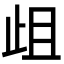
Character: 𭭞